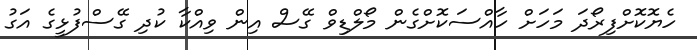
ހެޔޮކޮށްފިރޯދަ މަހަށް ހާއްސަކޮށްގެން މޯލްޑިވް ގޭސް އިން ވިއްކާ ކުދި ގޭސްފުޅީގެ އަގު